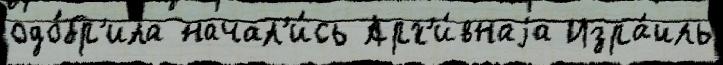
одо́бр'ила начал'и́сь Арх'и́внаjа Изра́иль